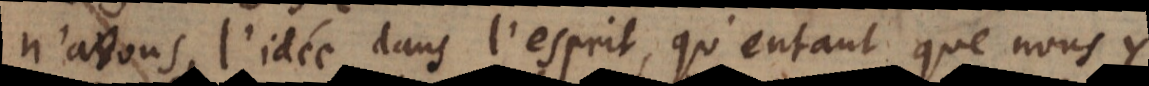
n’avons l’idée dans l’esprit, qu’entant que nous y